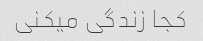
کجا زندگی میکنی